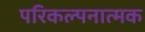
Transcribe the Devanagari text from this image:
परिकल्‍पनात्‍मक